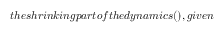
t h e s h r i n k i n g p a r t o f t h e d y n a m i c s ( ) , g i v e n